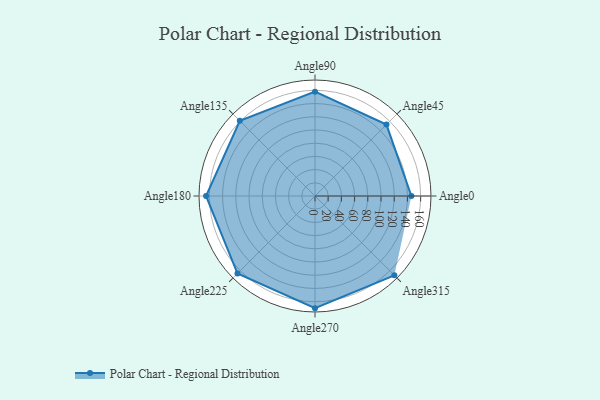
{"axis": {"x": "Angle", "y": "Radius"}, "legend": [""], "data": [{"x": "Angle0", "y": 146.0, "type": ""}, {"x": "Angle45", "y": 153.0, "type": ""}, {"x": "Angle90", "y": 158.0, "type": ""}, {"x": "Angle135", "y": 161.0, "type": ""}, {"x": "Angle180", "y": 165.0, "type": ""}, {"x": "Angle225", "y": 166.0, "type": ""}, {"x": "Angle270", "y": 170, "type": ""}, {"x": "Angle315", "y": 170, "type": ""}]}